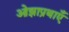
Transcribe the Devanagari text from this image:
ओझाप्रथाएँ